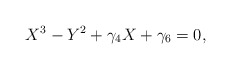
\begin{align*}X^3 - Y^2 + \gamma_4 X + \gamma_6 =0,\end{align*}